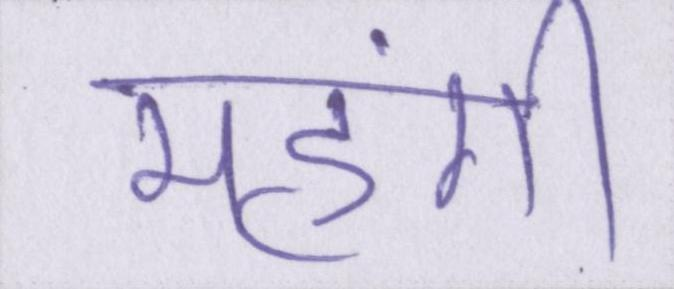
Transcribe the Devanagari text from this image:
महंगी